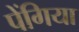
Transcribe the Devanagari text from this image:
पेंगिया